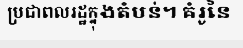
ប្រជាពលរដ្ឋក្នុងតំបន់។ គំរូនៃ